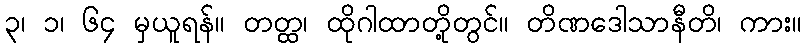
၃၊ ၁၊ ၆၄ မှယူရန်။ တတ္ထ၊ ထိုဂါထာတို့တွင်။ တိဏဒေါသာနီတိ၊ ကား။